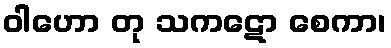
ဝါဟော တု သကဋော စေကာ၊